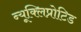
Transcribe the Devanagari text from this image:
न्यूक्लिप्रोटिड